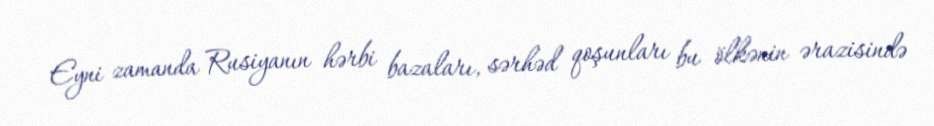
Eyni zamanda Rusiyanın hərbi bazaları, sərhəd qoşunları bu ölkənin ərazisində